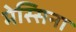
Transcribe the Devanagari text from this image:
मेस्सिना